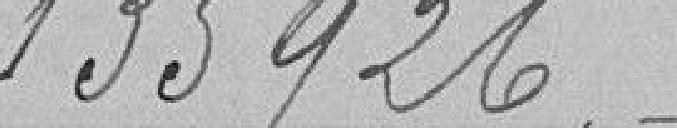
135926